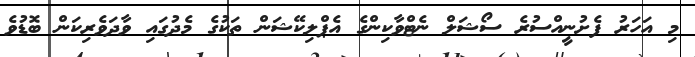
މި އަހަރު ފެށުނީއްސުރެ ސޯޝަލް ނެޓްވާކިންގެ އެޕްލިކޭޝަން ތަކުގެ މެދުގައި ވާދަވެރިކަން ބޮޑުވެ